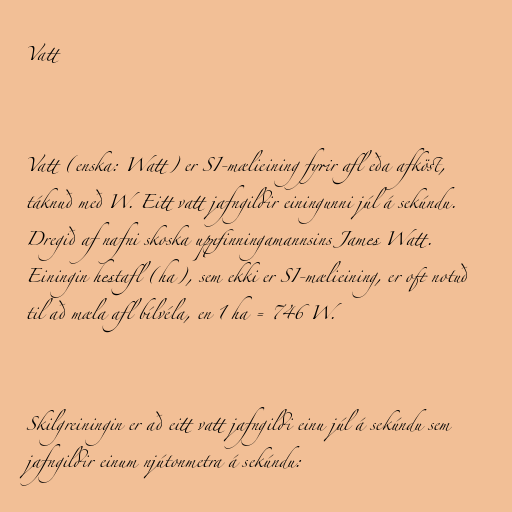
Vatt

Vatt (enska: Watt) er SI-mælieining fyrir afl eða afköst,
táknuð með W. Eitt vatt jafngildir einingunni júl á sekúndu.
Dregið af nafni skoska uppfinningamannsins James Watt.
Einingin hestafl (ha), sem ekki er SI-mælieining, er oft notuð
til að mæla afl bílvéla, en 1 ha = 746 W.

Skilgreiningin er að eitt vatt jafngildi einu júl á sekúndu sem
jafngildir einum njútonmetra á sekúndu: